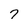
Character: 7